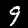
Label: 9